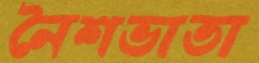
নৈশভাতা